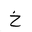
Letter: _kha